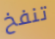
تنفخ